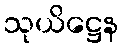
သုယိဋ္ဌေန